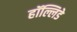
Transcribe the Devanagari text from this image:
हॉल्लिडे